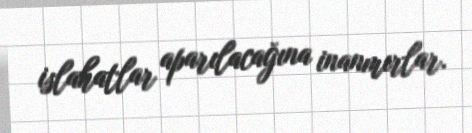
islahatlar aparılacağına inanmırlar.